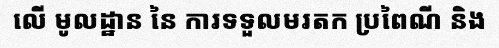
លើ មូលដ្ឋាន នៃ ការទទួលមរតក ប្រពៃណី និង